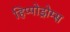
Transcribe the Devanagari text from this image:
हिप्पोड्रोम्स